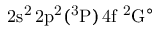
\mathrm { 2 s ^ { 2 } \, 2 p ^ { 2 } ( ^ { 3 } P ) \, 4 f ~ ^ { 2 } G ^ { \circ } }